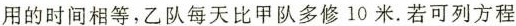
用的时间相等，乙队每天比甲队多修10米。若可列方程